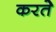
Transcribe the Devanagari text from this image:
करतेे